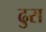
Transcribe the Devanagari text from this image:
ढुरा